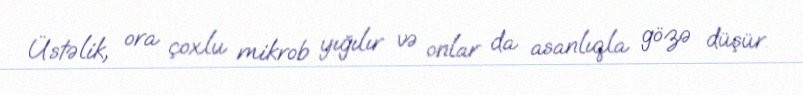
Üstəlik, ora çoxlu mikrob yığılır və onlar da asanlıqla gözə düşür.